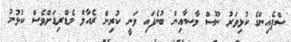
ސްޕެއިންގެ ކުޅިވަރު ނޫސް މާސާއިން ބުނެފައި ވަނީ ކުރިން ރެއާލް މެޑްރިޑަށްވެސް ކުޅުނު